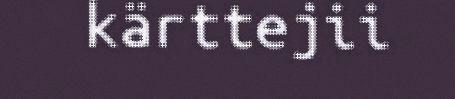
kärttejii